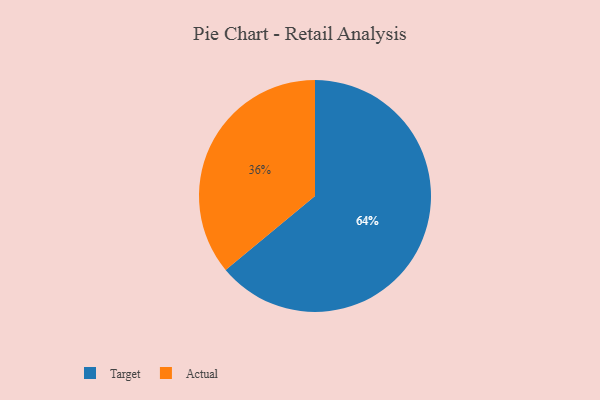
{"axis": {"x": "Category", "y": "Percentage"}, "legend": ["Actual", "Target"], "data": [{"x": "Target", "y": 64, "type": "Target"}, {"x": "Actual", "y": 36, "type": "Actual"}]}